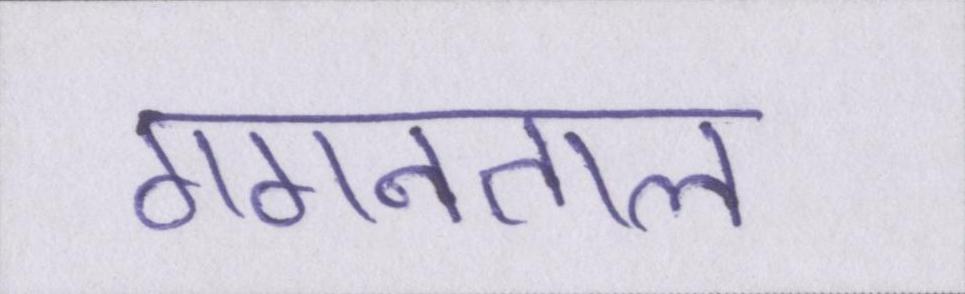
गगनताल